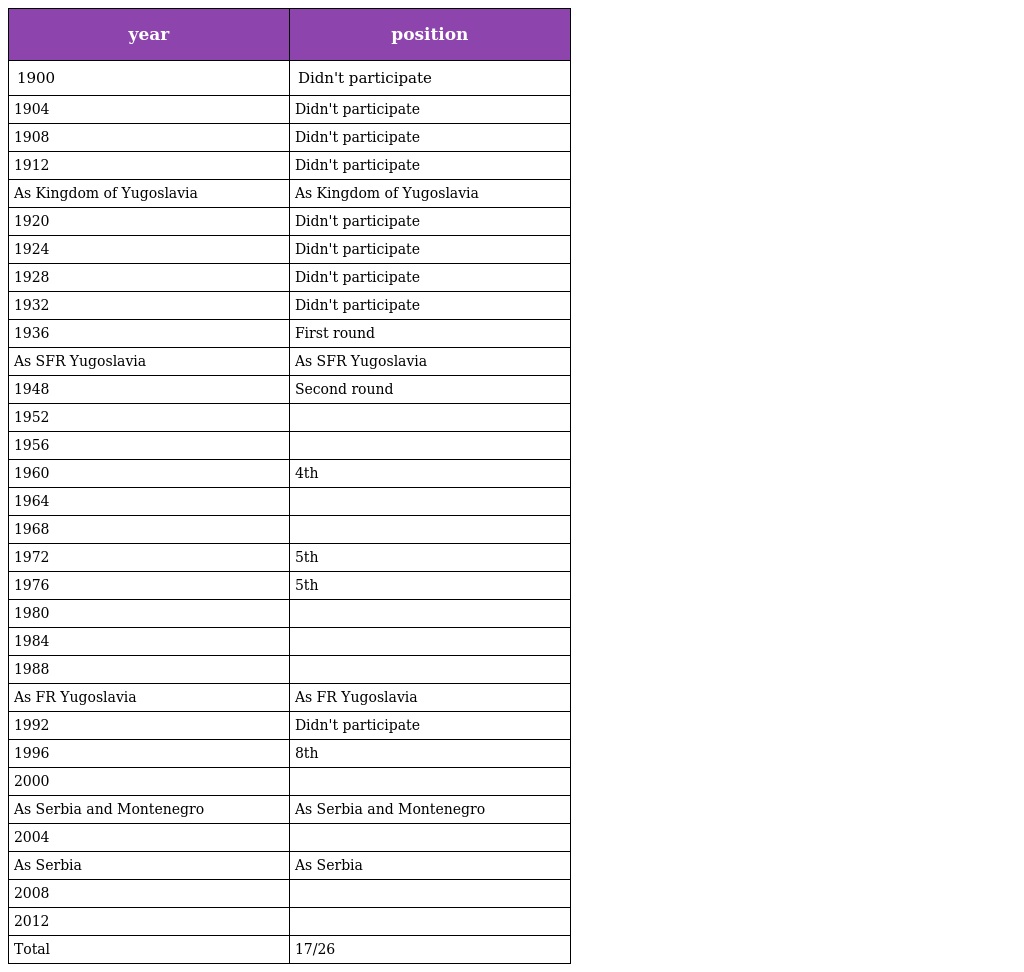
| year | position |
 | --- | --- |
 | 1900 | Didn't participate |
 | 1904 | Didn't participate |
 | 1908 | Didn't participate |
 | 1912 | Didn't participate |
 | As Kingdom of Yugoslavia | As Kingdom of Yugoslavia |
 | 1920 | Didn't participate |
 | 1924 | Didn't participate |
 | 1928 | Didn't participate |
 | 1932 | Didn't participate |
 | 1936 | First round |
 | As SFR Yugoslavia | As SFR Yugoslavia |
 | 1948 | Second round |
 | 1952 |  |
 | 1956 |  |
 | 1960 | 4th |
 | 1964 |  |
 | 1968 |  |
 | 1972 | 5th |
 | 1976 | 5th |
 | 1980 |  |
 | 1984 |  |
 | 1988 |  |
 | As FR Yugoslavia | As FR Yugoslavia |
 | 1992 | Didn't participate |
 | 1996 | 8th |
 | 2000 |  |
 | As Serbia and Montenegro | As Serbia and Montenegro |
 | 2004 |  |
 | As Serbia | As Serbia |
 | 2008 |  |
 | 2012 |  |
 | Total | 17/26 |